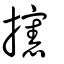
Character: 攇